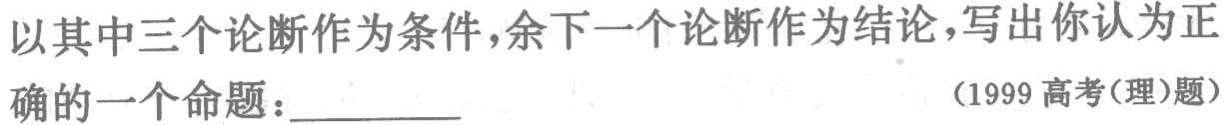
以其中三个论断作为条件，余下一个论断作为结论，写出你认为正确的一个命题：________ （1999高考(理)题）